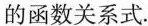
的函数关系式.